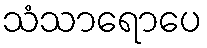
သံသာရောပေ